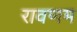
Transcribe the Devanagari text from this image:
रावणम